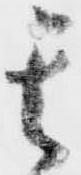
其